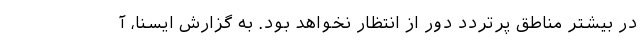
در بیشتر مناطق پرتردد دور از انتظار نخواهد بود. به گزارش ایسنا، آ